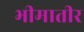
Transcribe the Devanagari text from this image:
भीमातीर